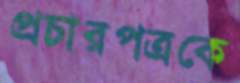
প্রচারপত্রকে